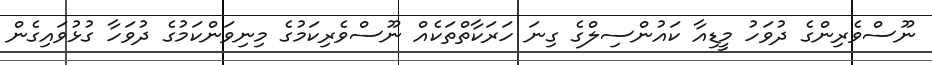
ނޫސްވެރިންގެ ދުވަހު މީޑިއާ ކައުންސިލްގެ ގިނަ ހަރަކާތްތަކެއް ނޫސްވެރިކަމުގެ މިނިވަންކަމުގެ ދުވަހާ ގުޅުވައިގެން